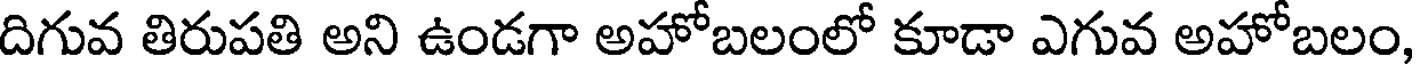
దిగువ తిరుపతి అని ఉండగా అహోబలంలో కూడా ఎగువ అహోబలం,